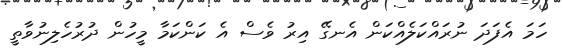
ހަމަ އެފަދަ ނުރައްކަލެއްކަން އެނގޭ އިރު ވެސް އެ ކަންކަމާ މީހުން ދުރުހެލިނުވާތީ